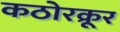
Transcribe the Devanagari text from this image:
कठोरक्रूर